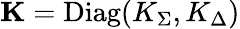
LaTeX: \mathbf{K}=\mathrm{Diag}(K_{\Sigma},K_{\Delta})